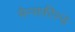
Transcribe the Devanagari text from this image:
मैन्सफ़ील्ड